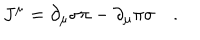
LaTeX: J ^ { \mu } = \partial _ { \mu } \sigma \pi - \partial _ { \mu } \pi \sigma \quad .